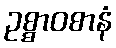
ဥစ္စာဝစာနံ